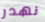
نهدر